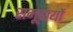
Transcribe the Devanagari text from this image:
समूदायों